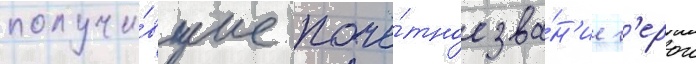
получи́вшие почё́тное зва́н'ие г'ерои